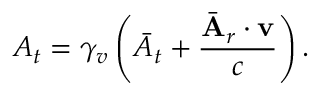
A _ { t } = \gamma _ { v } \left( \bar { A } _ { t } + \frac { \bar { \mathbf { A } } _ { r } \cdot \mathbf { v } } { c } \right) .